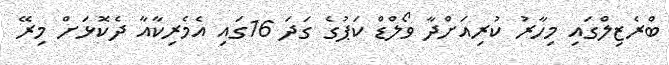
ބްރެޒިލްގައި މިހާރު ކުރިއަށްދާ ވޯލްޑް ކަޕުގެ ގަދަ 16ގައި އެމެރިކާއާ ދެކޮޅަށް މިރޭ